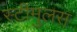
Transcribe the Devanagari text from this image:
स्टीमुलस